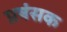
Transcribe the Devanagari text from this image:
प्रषंसक